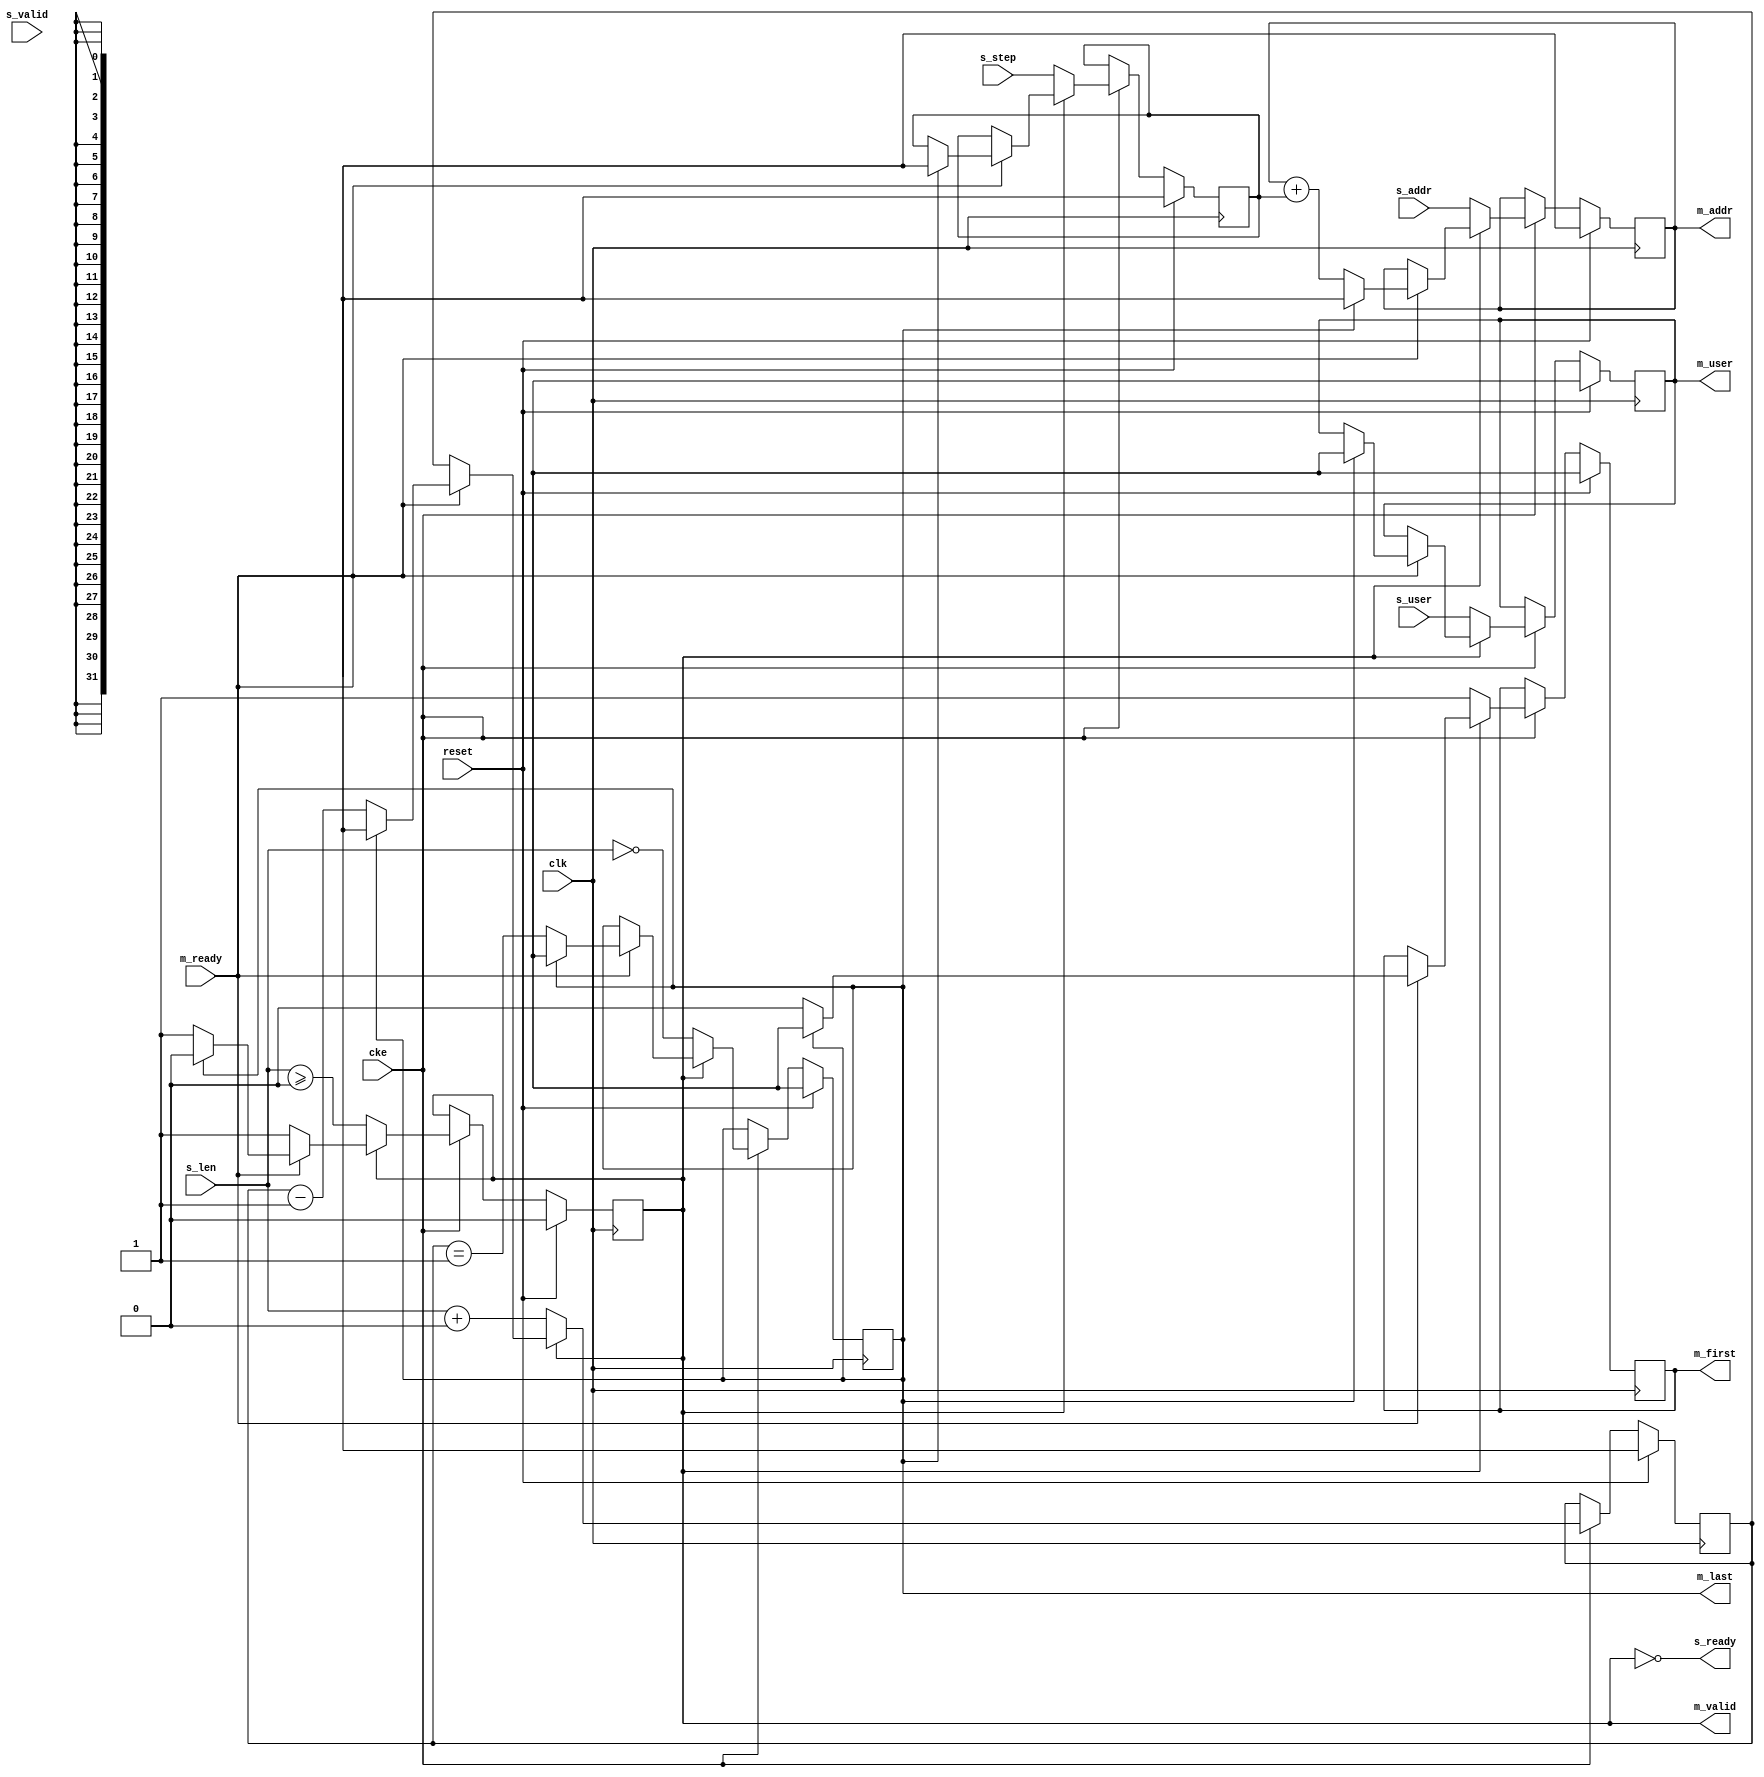
// ---------------------------------------------------------------------------
//  Jelly  -- The platform for real-time computing
//
//                                 Copyright (C) 2008-2020 by Ryuji Fuchikami
//                                 https://github.com/ryuz/jelly.git
// ---------------------------------------------------------------------------



`timescale 1ns / 1ps
`default_nettype none



// step
module jelly_address_generator_step
        #(
            parameter   USER_WIDTH = 0,
            parameter   ADDR_WIDTH = 32,
            parameter   STEP_WIDTH = ADDR_WIDTH,
            parameter   LEN_WIDTH  = 32,
            parameter   LEN_OFFSET = 1'b1,
            
            // loacal
            parameter   USER_BITS  = USER_WIDTH > 0 ? USER_WIDTH : 1
        )
        (
            input   wire                        reset,
            input   wire                        clk,
            input   wire                        cke,
            
            input   wire    [USER_BITS-1:0]     s_user,
            input   wire    [ADDR_WIDTH-1:0]    s_addr,
            input   wire    [STEP_WIDTH-1:0]    s_step,
            input   wire    [LEN_WIDTH-1:0]     s_len,
            input   wire                        s_valid,
            output  wire                        s_ready,
            
            output  wire    [USER_BITS-1:0]     m_user,
            output  wire    [ADDR_WIDTH-1:0]    m_addr,
            output  wire                        m_first,
            output  wire                        m_last,
            output  wire                        m_valid,
            input   wire                        m_ready
        );
    
    
    reg     [ADDR_WIDTH-1:0]        reg_addr;
    reg     [STEP_WIDTH-1:0]        reg_step;
    reg     [LEN_WIDTH-1:0]         reg_len;
    reg     [USER_BITS-1:0]         reg_user;
    reg                             reg_first;
    reg                             reg_last;
    reg                             reg_valid;
    
    always @(posedge clk) begin
        if ( reset ) begin
            reg_addr  <= {ADDR_WIDTH{1'bx}};
            reg_step  <= {STEP_WIDTH{1'bx}};
            reg_len   <= {LEN_WIDTH{1'bx}};
            reg_user  <= {USER_BITS{1'bx}};
            reg_first <= 1'bx;
            reg_last  <= 1'bx;
            reg_valid <= 1'b0;
        end
        else if ( cke ) begin
            if ( !reg_valid ) begin
                reg_addr  <= s_addr;
                reg_step  <= s_step;
                reg_user  <= s_user;
                reg_first <= 1'b1;
                reg_last  <= (s_len == (1'b1 - LEN_OFFSET));
                reg_len   <= s_len + (LEN_OFFSET - 1'b1);
                reg_valid <= (s_len >= (1'b1 - LEN_OFFSET));
            end
            else if ( m_ready ) begin
                if ( reg_last ) begin
                    reg_addr  <= {ADDR_WIDTH{1'bx}};
                    reg_step  <= {STEP_WIDTH{1'bx}};
                    reg_len   <= {LEN_WIDTH{1'bx}};
                    reg_user  <= {USER_BITS{1'bx}};
                    reg_first <= 1'bx;
                    reg_last  <= 1'bx;
                    reg_valid <= 1'b0;
                end
                else begin
                    reg_addr  <= reg_addr  + reg_step;
                    reg_len   <= reg_len - 1'b1;
                    reg_first <= 1'b0;
                    reg_last  <= (reg_len == 1);
                end
            end
        end
    end
    
    assign s_ready  = ~reg_valid;
    
    assign m_addr   = reg_addr;
    assign m_first  = reg_first;
    assign m_last   = reg_last;
    assign m_user   = reg_user;
    assign m_valid  = reg_valid;
    
endmodule


`default_nettype wire


// end of file